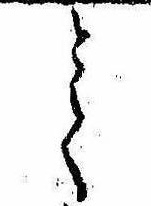
とて